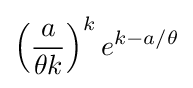
\left({\frac {a}{\theta k}}\right)^{k}e^{k-a/\theta }